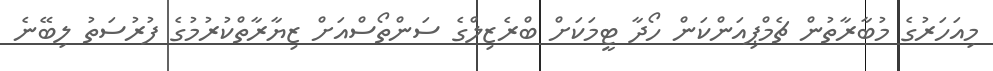
މިއަހަރުގެ މުބާރާތުން ޗެމްޕިއަންކަން ހޯދާ ޓީމަކަށް ބްރެޒިލްގެ ސަންތޯސްއަށް ޒިޔާރާތްކުރުމުގެ ފުރުސަތު ލިބޭނެ